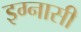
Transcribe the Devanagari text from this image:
इग्नासी